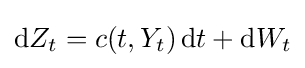
\mathrm {d} Z_{t}=c(t,Y_{t})\,\mathrm {d} t+\mathrm {d} W_{t}